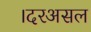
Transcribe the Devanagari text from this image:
।दरअसल